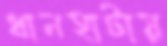
ধানহাটায়